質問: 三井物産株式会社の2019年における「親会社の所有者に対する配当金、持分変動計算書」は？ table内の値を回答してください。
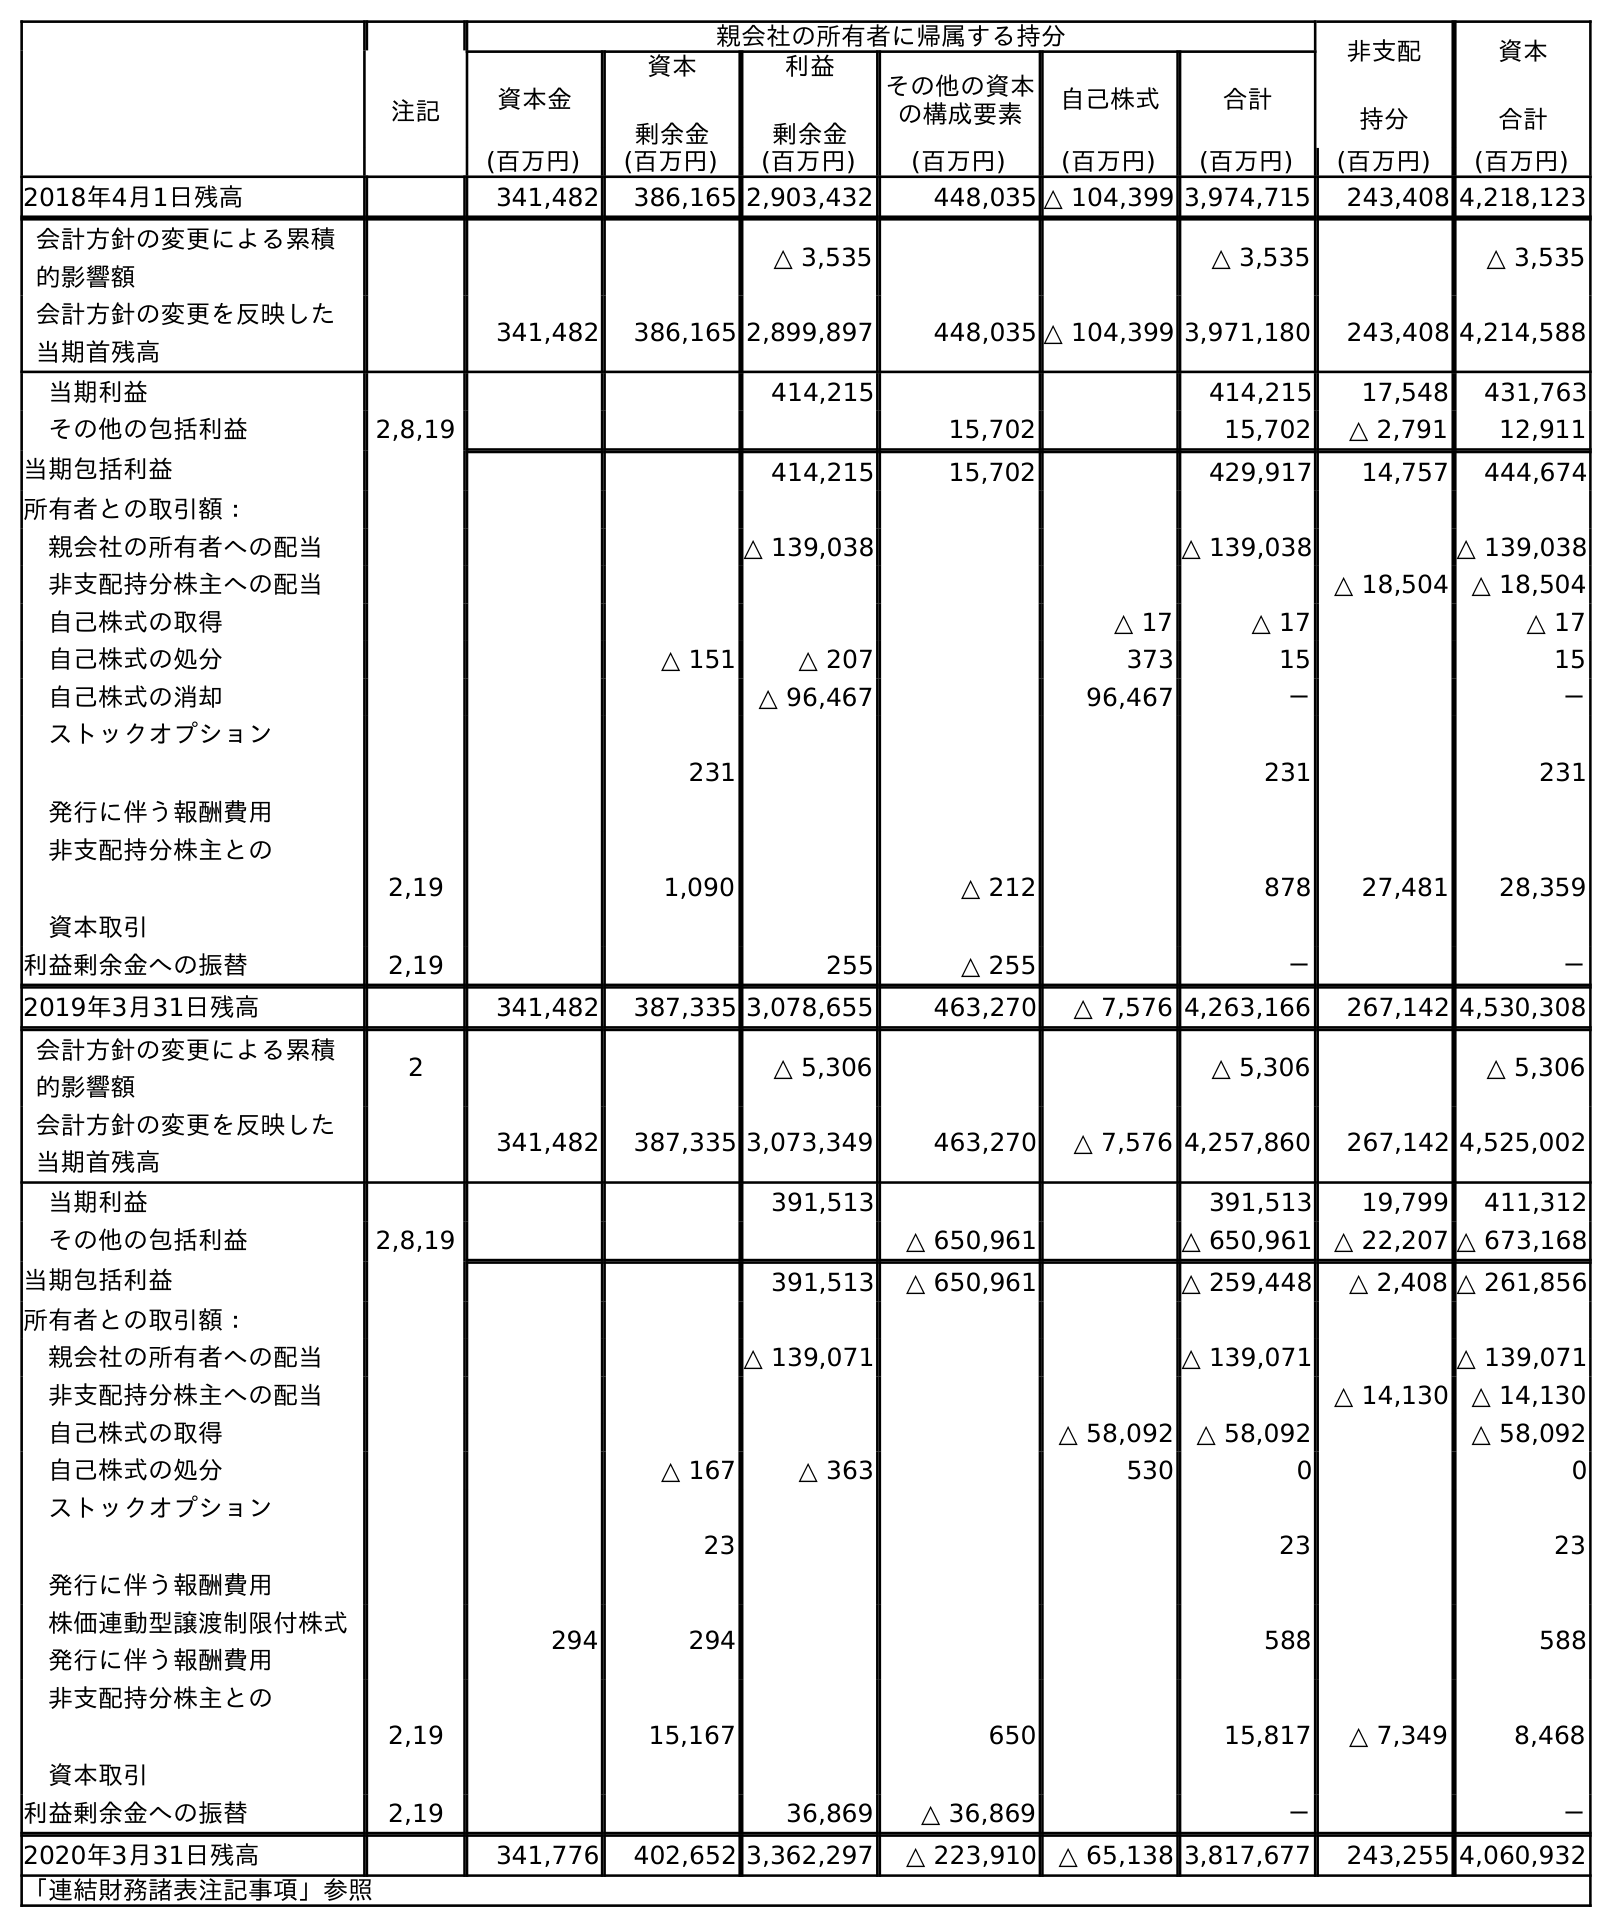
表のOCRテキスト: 親会社の所有者に帰属する持分 非支配 持分 資本 合計 注記 資本金 資本 剰余金 利益 剰余金 その他の資本 の構成要素 自己株式 合計 (百万円) (百万円) (百万円) (百万円) (百万円) (百万円) (百万円) (百万円) 2018年4月1日残高 341,482 386,165 2,903,432 448,035 △ 104,399 3,974,715 243,408 4,218,123 会計方針の変更による累積 的影響額 △ 3,535 △ 3,535 △ 3,535 会計方針の変更を反映した 当期首残高 341,482 386,165 2,899,897 448,035 △ 104,399 3,971,180 243,408 4,214,588 当期利益 414,215 414,215 17,548 431,763 その他の包括利益 2,8,19 15,702 15,702 △ 2,791 12,911 当期包括利益 414,215 15,702 429,917 14,757 444,674 所有者との取引額： 親会社の所有者への配当 △ 139,038 △ 139,038 △ 139,038 非支配持分株主への配当 △ 18,504 △ 18,504 自己株式の取得 △ 17 △ 17 △ 17 自己株式の処分 △ 151 △ 207 373 15 15 自己株式の消却 △ 96,467 96,467 － － ストックオプション 発行に伴う報酬費用 231 231 231 非支配持分株主との 資本取引 2,19 1,090 △ 212 878 27,481 28,359 利益剰余金への振替 2,19 255 △ 255 － － 2019年3月31日残高 341,482 387,335 3,078,655 463,270 △ 7,576 4,263,166 267,142 4,530,308 会計方針の変更による累積 的影響額 2 △ 5,306 △ 5,306 △ 5,306 会計方針の変更を反映した 当期首残高 341,482 387,335 3,073,349 463,270 △ 7,576 4,257,860 267,142 4,525,002 当期利益 391,513 391,513 19,799 411,312 その他の包括利益 2,8,19 △ 650,961 △ 650,961 △ 22,207 △ 673,168 当期包括利益 391,513 △ 650,961 △ 259,448 △ 2,408 △ 261,856 所有者との取引額： 親会社の所有者への配当 △ 139,071 △ 139,071 △ 139,071 非支配持分株主への配当 △ 14,130 △ 14,130 自己株式の取得 △ 58,092 △ 58,092 △ 58,092 自己株式の処分 △ 167 △ 363 530 0 0 ストックオプション 発行に伴う報酬費用 23 23 23 株価連動型譲渡制限付株式 発行に伴う報酬費用 294 294 588 588 非支配持分株主との 資本取引 2,19 15,167 650 15,817 △ 7,349 8,468 利益剰余金への振替 2,19 36,869 △ 36,869 － － 2020年3月31日残高 341,776 402,652 3,362,297 △ 223,910 △ 65,138 3,817,677 243,255 4,060,932 「連結財務諸表注記事項」参照
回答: △139,038